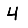
Digit: 4